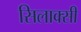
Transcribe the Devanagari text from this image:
सिलाक्सी